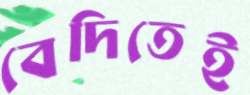
বেদিতেই